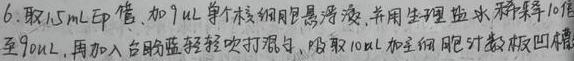
6. 取1.5mL EP 管,加1μL 单个核细胞混悬液,并用生理盐水稀释10倍至90μL ,再加入台盼蓝轻轻吹打混匀,吸取10μL 加至细胞计数板凹槽